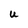
Character: U